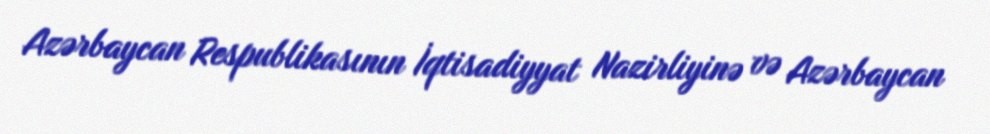
Azərbaycan Respublikasının İqtisadiyyat Nazirliyinə və Azərbaycan